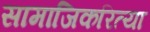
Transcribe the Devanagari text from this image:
सामाजिकरित्या